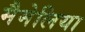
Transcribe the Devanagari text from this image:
मैमेलिया